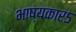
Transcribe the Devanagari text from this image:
भाष्यकार५